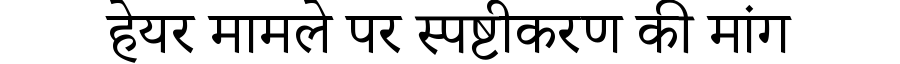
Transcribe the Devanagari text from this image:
हेयर मामले पर स्पष्टीकरण की मांग